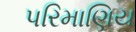
પરિમાણિય